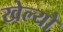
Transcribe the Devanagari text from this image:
खेल्यो